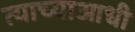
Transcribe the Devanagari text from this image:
त्याच्याआधी